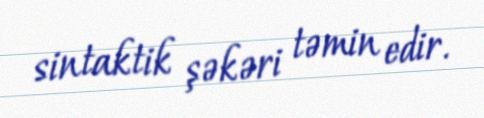
sintaktik şəkəri təmin edir.